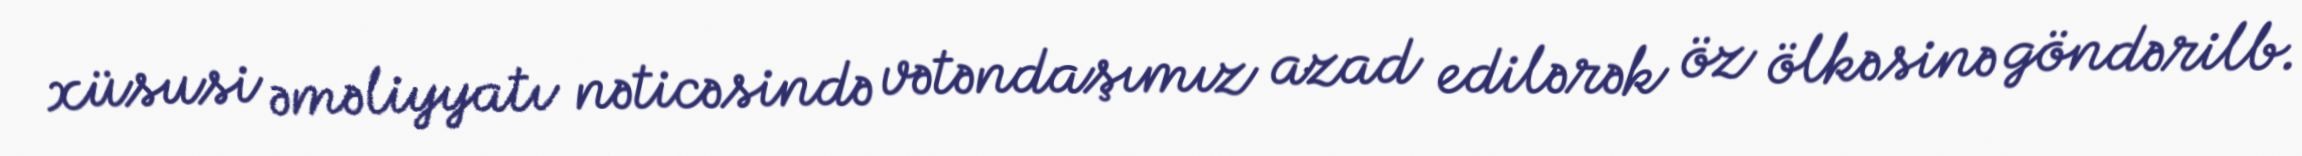
xüsusi əməliyyatı nəticəsində vətəndaşımız azad edilərək öz ölkəsinə göndərilb.